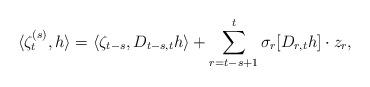
LaTeX: \begin{align*}\langle \zeta_t^{(s)}, h \rangle =\langle \zeta_{t-s}, D_{t-s,t} h \rangle +\sum_{r=t-s+1}^t \sigma_r[D_{r,t} h] \cdot z_r,\end{align*}